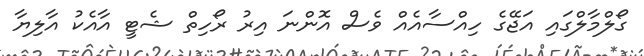
ގޯލްމާލްގައި އަޖޭގެ ހިއްސާއެއް ވެސް އޮންނަ އިރު ރޯހިތް ޝެޓީ އާއެކު އާލިޔާ